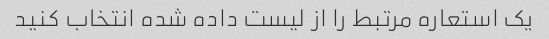
یک استعاره مرتبط را از لیست داده شده انتخاب کنید